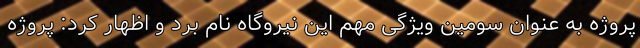
پروژه به عنوان سومین ویژگی مهم این نیروگاه نام برد و اظهار کرد: پروژه